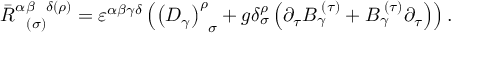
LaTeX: \bar { R } _ { \; \; \; ( \sigma ) } ^ { \alpha \beta \; \; \; \delta ( \rho ) } = \varepsilon ^ { \alpha \beta \gamma \delta } \left( \left( D _ { \gamma } \right) _ { \; \; \sigma } ^ { \rho } + g \delta _ { \sigma } ^ { \rho } \left( \partial _ { \tau } B _ { \gamma } ^ { \; ( \tau ) } + B _ { \gamma } ^ { \; ( \tau ) } \partial _ { \tau } \right) \right) .